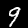
Digit: 9